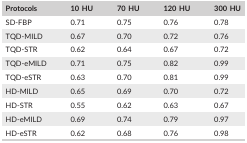
| Protocols | 10 HU | 70 HU | 120 HU | 300 HU |
 | --- | --- | --- | --- | --- |
 | SD‐FBP | 0.71 | 0.75 | 0.76 | 0.78 |
 | TQD‐MILD | 0.67 | 0.70 | 0.72 | 0.76 |
 | TQD‐STR | 0.62 | 0.64 | 0.67 | 0.72 |
 | TQD‐eMILD | 0.71 | 0.75 | 0.82 | 0.99 |
 | TQD‐eSTR | 0.63 | 0.70 | 0.81 | 0.99 |
 | HD‐MILD | 0.65 | 0.69 | 0.70 | 0.72 |
 | HD‐STR | 0.55 | 0.62 | 0.63 | 0.67 |
 | HD‐eMILD | 0.69 | 0.74 | 0.79 | 0.97 |
 | HD‐eSTR | 0.62 | 0.68 | 0.76 | 0.98 |